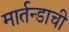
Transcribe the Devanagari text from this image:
मार्तन्डाची